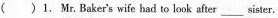
( )1. Mr. Baker's wife had to look after ___ sister.